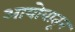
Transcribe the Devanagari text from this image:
आयोवातून